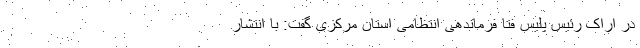
در اراک رئیس پلیس فتا فرماندهی انتظامی استان مرکزی گفت: با انتشار